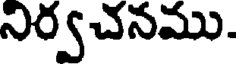
నిర్వచనము.